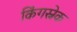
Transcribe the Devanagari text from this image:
किंगस्नेक